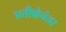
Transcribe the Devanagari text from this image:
प्रतीक्षेनंतर